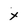
Character: x